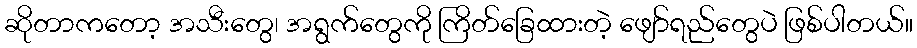
ဆိုတာကတော့ အသီးတွေ၊ အရွက်တွေကို ကြိတ်ခြေထားတဲ့ ဖျော်ရည်တွေပဲ ဖြစ်ပါတယ်။